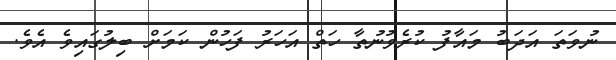
ނުވަތަ އަދަބު މައާފު ކުރެވުނުތާ ހަތް އަހަރު ފަހުން ކަމަށް ބިލުގައިވެ އެވެ.